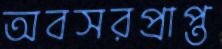
অবসরপ্রাপ্ত